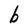
Character: b